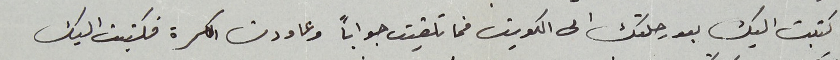
كتبت اليك بعد رحلتك الى الكويت فما تلقيت جواباً وعاودت الكرة فكتبت اليك